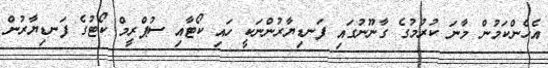
އެހެންކަމުން މާނަ ކުރުމުގެ ގާނޫނުގައި ފަނޑިޔާރުންނަކީ ހައި ކޯޓާއި ސުޕްރީމް ކޯޓުގެ ފަނޑިޔާރުން